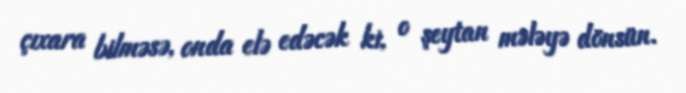
çıxara bilməsə, onda elə edəcək ki, o şeytan mələyə dönsün.